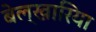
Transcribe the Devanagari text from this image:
बेल्खारिया